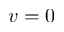
v = 0